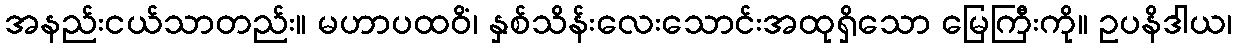
အနည်းငယ်သာတည်း။ မဟာပထဝိံ၊ နှစ်သိန်းလေးသောင်းအထုရှိသော မြေကြီးကို။ ဥပနိဒါယ၊